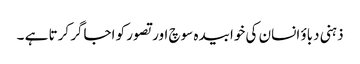
ذہنی دباؤ انسان کی خوابیدہ سوچ اور تصور کو اجاگر کرتا ہے ۔